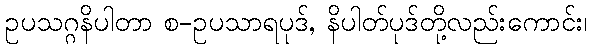
ဥပသဂ္ဂနိပါတာ စ-ဥပသာရပုဒ်, နိပါတ်ပုဒ်တို့လည်းကောင်း၊